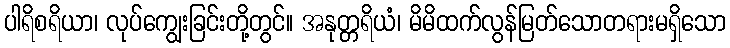
ပါရိစရိယာ၊ လုပ်ကျွေးခြင်းတို့တွင်။ အနုတ္တရိယံ၊ မိမိထက်လွန်မြတ်သောတရားမရှိသော